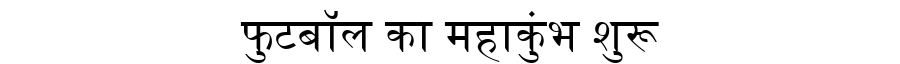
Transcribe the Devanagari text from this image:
फुटबॉल का महाकुंभ शुरू